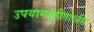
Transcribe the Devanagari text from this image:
उपयामगृहीतोऽसि